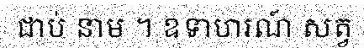
ជាប់ នាម ។ ឧទាហរណ៍ សត្វ